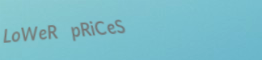
LoWeR pRiCeS